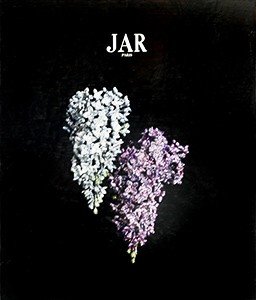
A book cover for Jar Paris; Joel Rosenthal; Crafts, Hobbies & Home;